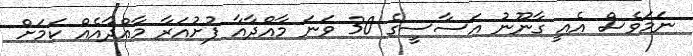
ނަމަވެސް އެއީ ގާނޫނު އަސާސީގެ 30 ވަނަ މާއްދާއާ ފުށުއަރާ މާއްދާއެއް ކަމަށް